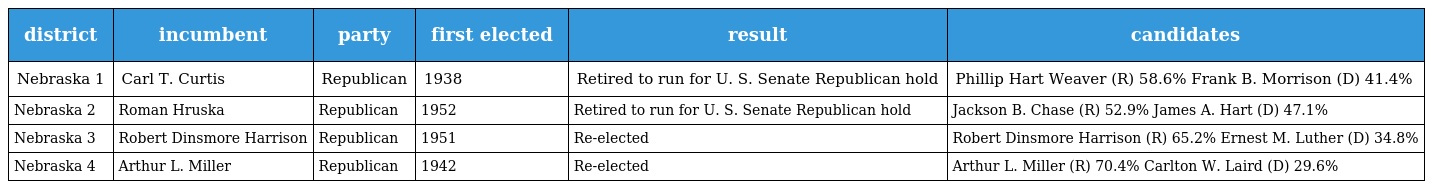
| district | incumbent | party | first elected | result | candidates |
 | --- | --- | --- | --- | --- | --- |
 | Nebraska 1 | Carl T. Curtis | Republican | 1938 | Retired to run for U. S. Senate Republican hold | Phillip Hart Weaver (R) 58.6% Frank B. Morrison (D) 41.4% |
 | Nebraska 2 | Roman Hruska | Republican | 1952 | Retired to run for U. S. Senate Republican hold | Jackson B. Chase (R) 52.9% James A. Hart (D) 47.1% |
 | Nebraska 3 | Robert Dinsmore Harrison | Republican | 1951 | Re-elected | Robert Dinsmore Harrison (R) 65.2% Ernest M. Luther (D) 34.8% |
 | Nebraska 4 | Arthur L. Miller | Republican | 1942 | Re-elected | Arthur L. Miller (R) 70.4% Carlton W. Laird (D) 29.6% |